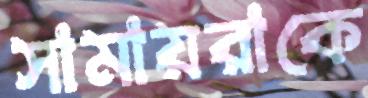
সামায়রাকে